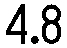
4.8